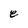
Character: e